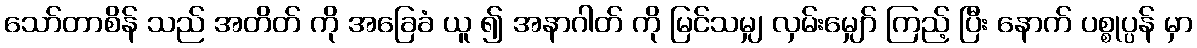
သော်တာစိန် သည် အတိတ် ကို အခြေခံ ယူ ၍ အနာဂါတ် ကို မြင်သမျှ လှမ်းမျှော် ကြည့် ပြီး နောက် ပစ္စုပ္ပန် မှာ